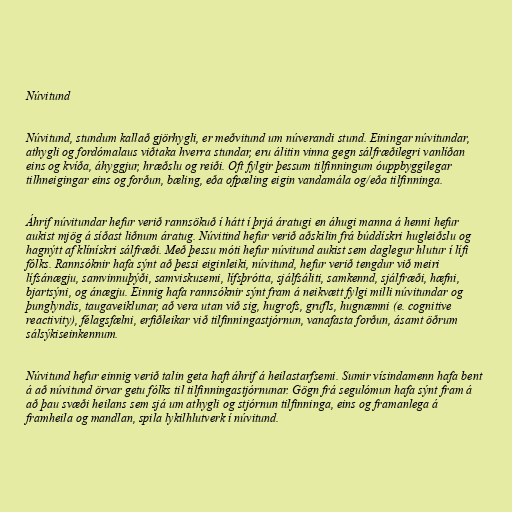
Núvitund

Núvitund, stundum kallað gjörhygli, er meðvitund um núverandi stund. Einingar núvitundar,
athygli og fordómalaus viðtaka hverra stundar, eru álitin vinna gegn sálfræðilegri vanlíðan
eins og kvíða, áhyggjur, hræðslu og reiði. Oft fylgir þessum tilfinningum óuppbyggilegar
tilhneigingar eins og forðun, bæling, eða ofpæling eigin vandamála og/eða tilfinninga.

Áhrif núvitundar hefur verið rannsökuð í hátt í þrjá áratugi en áhugi manna á henni hefur
aukist mjög á síðast liðnum áratug. Núvitind hefur verið aðskilin frá búddískri hugleiðslu og
hagnýtt af klínískri sálfræði. Með þessu móti hefur núvitund aukist sem daglegur hlutur í lífi
fólks. Rannsóknir hafa sýnt að þessi eiginleiki, núvitund, hefur verið tengdur við meiri
lífsánægju, samvinnuþýði, samviskusemi, lífsþrótta, sjálfsáliti, samkennd, sjálfræði, hæfni,
bjartsýni, og ánægju. Einnig hafa rannsóknir sýnt fram á neikvætt fylgi milli núvitundar og
þunglyndis, taugaveiklunar, að vera utan við sig, hugrofs, grufls, hugnæmni (e. cognitive
reactivity), félagsfælni, erfiðleikar við tilfinningastjórnun, vanafasta forðun, ásamt öðrum
sálsýkiseinkennum.

Núvitund hefur einnig verið talin geta haft áhrif á heilastarfsemi. Sumir vísindamenn hafa bent
á að núvitund örvar getu fólks til tilfinningastjórnunar. Gögn frá segulómun hafa sýnt fram á
að þau svæði heilans sem sjá um athygli og stjórnun tilfinninga, eins og framanlega á
framheila og mandlan, spila lykilhlutverk í núvitund.